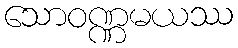
သောဝဏ္ဏမယဿ